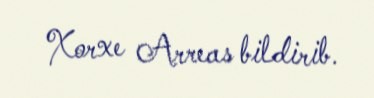
Xorxe Arreas bildirib.